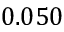
0 . 0 5 0